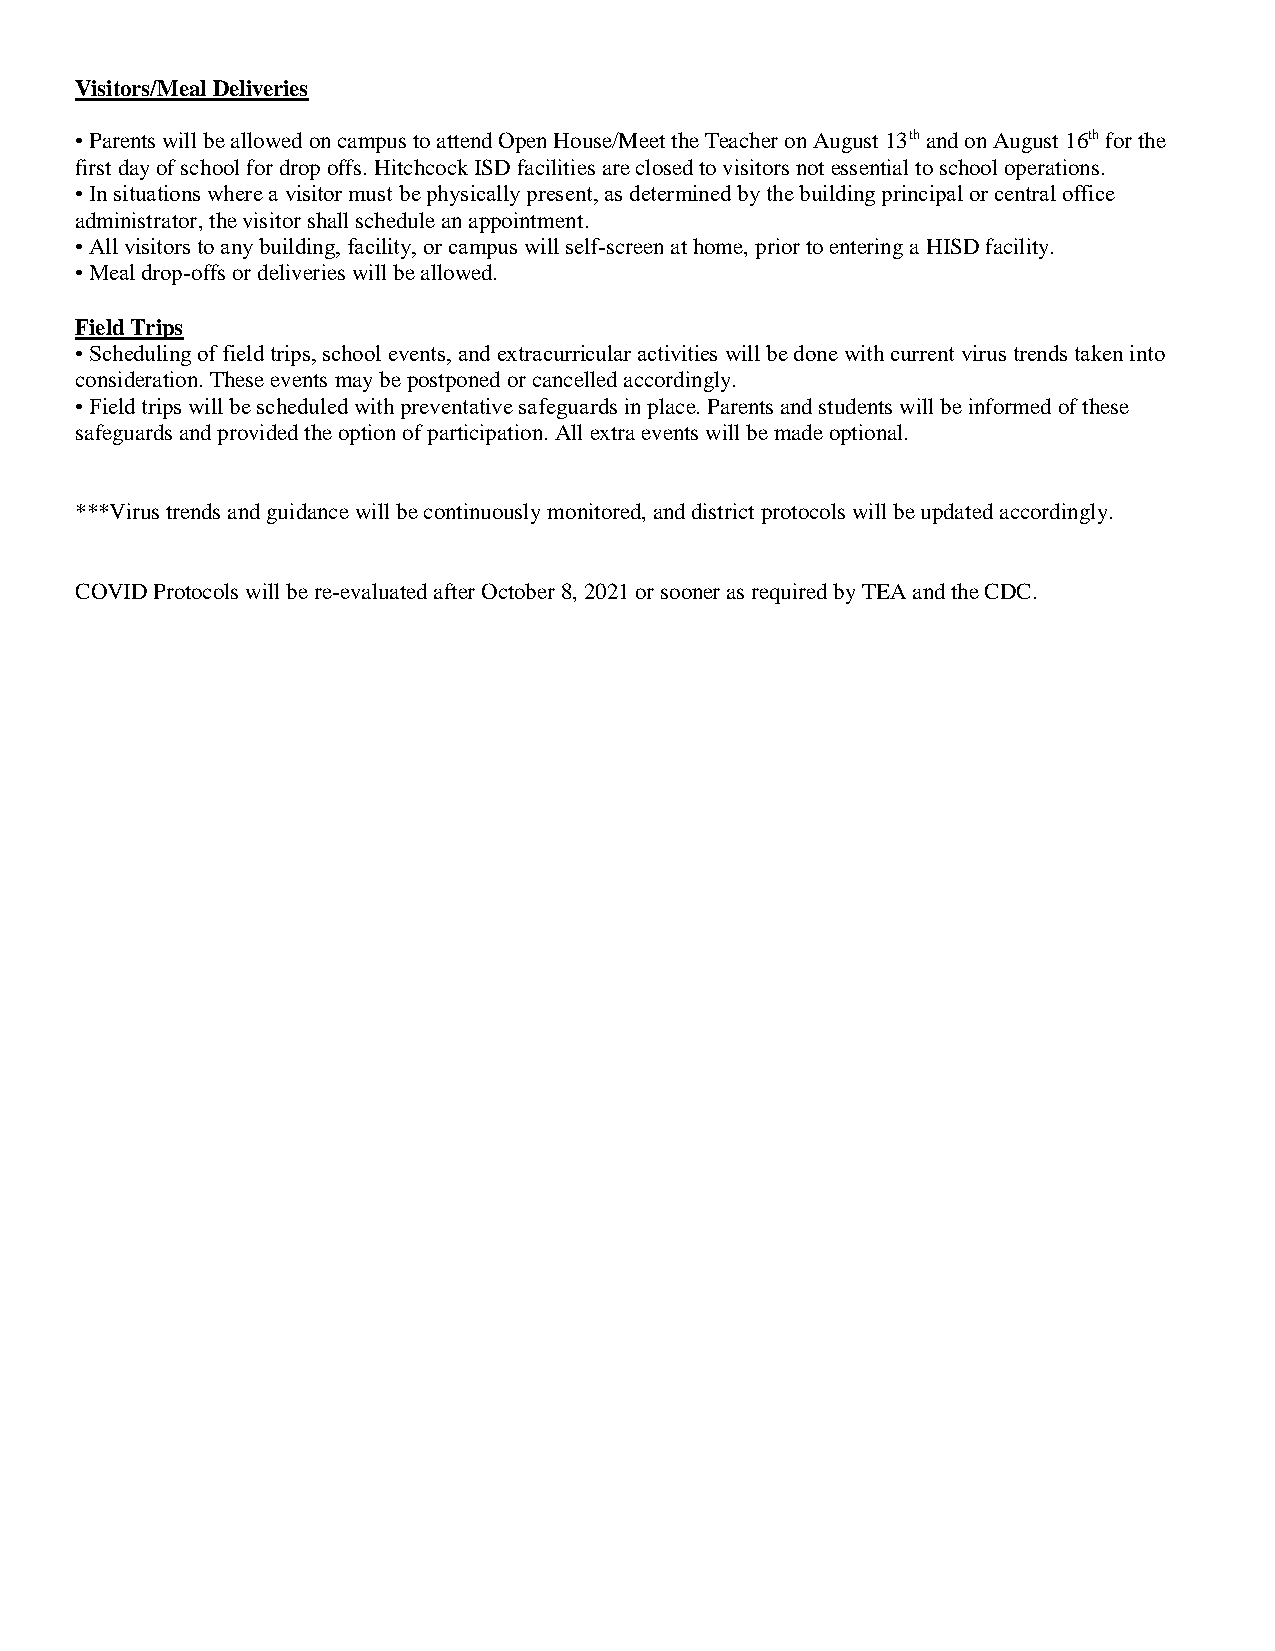
Visitors/Meal Deliveries
 • Parents will be allowed on campus to attend Open House/Meet the Teacher on August 13th and on August 16th for the
 first day of school for drop offs. Hitchcock ISD facilities are closed to visitors not essential to school operations.
 • In situations where a visitor must be physically present, as determined by the building principal or central office
 administrator, the visitor shall schedule an appointment.
 • All visitors to any building, facility, or campus will self-screen at home, prior to entering a HISD facility.
 • Meal drop-offs or deliveries will be allowed.
 Field Trips
 • Scheduling of field trips, school events, and extracurricular activities will be done with current virus trends taken into
 consideration. These events may be postponed or cancelled accordingly.
 • Field trips will be scheduled with preventative safeguards in place. Parents and students will be informed of these
 safeguards and provided the option of participation. All extra events will be made optional.
 ***Virus trends and guidance will be continuously monitored, and district protocols will be updated accordingly.
 COVID Protocols will be re-evaluated after October 8, 2021 or sooner as required by TEA and the CDC.